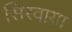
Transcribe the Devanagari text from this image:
सिरवाया